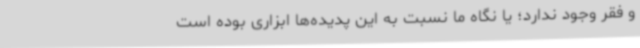
و فقر وجود ندارد؛ یا نگاه ما نسبت به این پدیده‌ها ابزاری بوده است